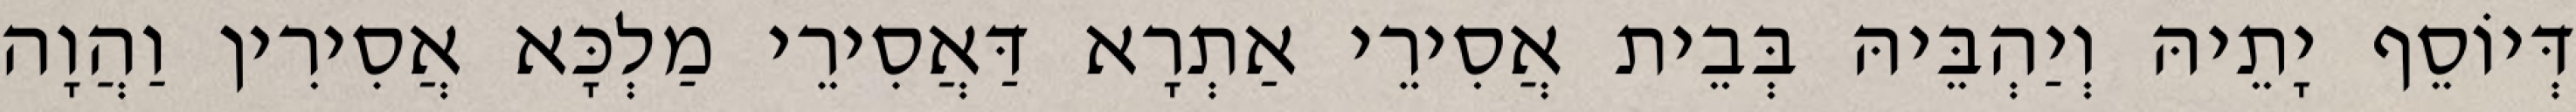
דְּיוֹסֵף יָתֵיהּ וְיַהְבֵּיהּ בְּבֵית אֲסִירֵי אַתְרָא דַּאֲסִירֵי מַלְכָּא אֲסִירִין וַהֲוָה